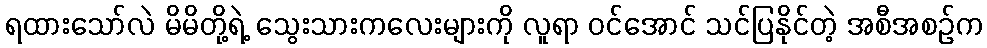
ရထားသော်လဲ မိမိတို့ရဲ့ သွေးသားကလေးများကို လူရာ ဝင်အောင် သင်ပြနိုင်တဲ့ အစီအစဉ်က